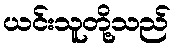
ယင်းသူတို့သည်